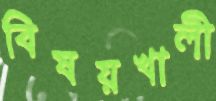
বিষয়খালী